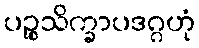
ပဉ္စသိက္ခာပဒဂ္ဂဟုံ